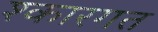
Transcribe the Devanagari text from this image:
श्कारगत